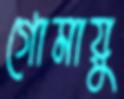
গোমায়ু